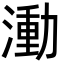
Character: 𬈭